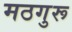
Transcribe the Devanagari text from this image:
मठगुरू